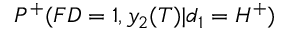
P ^ { + } ( F D = 1 , y _ { 2 } ( T ) | d _ { 1 } = H ^ { + } )